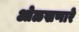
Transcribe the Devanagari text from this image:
ओळखणारे